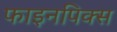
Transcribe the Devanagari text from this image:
फाइनपिक्स